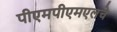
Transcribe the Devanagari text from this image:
पीएमपीएमएलचे